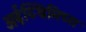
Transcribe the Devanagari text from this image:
अर्ढ़य्थिमिच्स